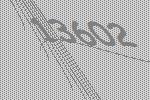
13602